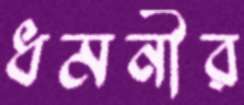
ধমনীর